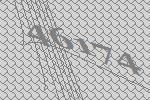
46174